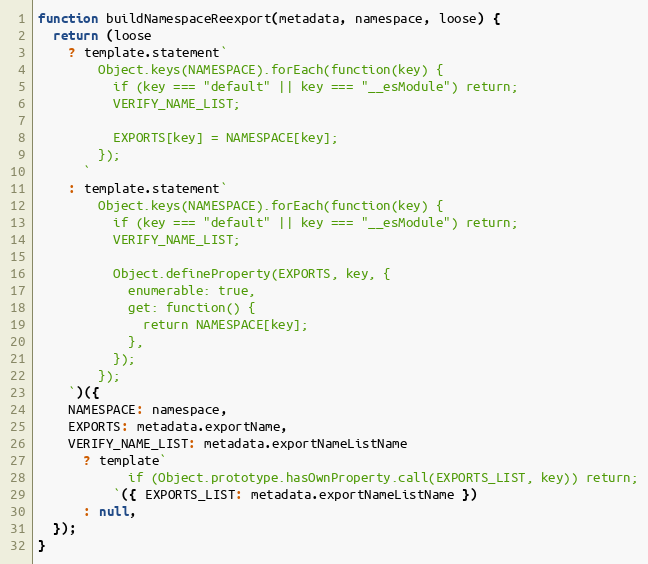
Language: JavaScript
function buildNamespaceReexport(metadata, namespace, loose) {
  return (loose
    ? template.statement`
        Object.keys(NAMESPACE).forEach(function(key) {
          if (key === "default" || key === "__esModule") return;
          VERIFY_NAME_LIST;

          EXPORTS[key] = NAMESPACE[key];
        });
      `
    : template.statement`
        Object.keys(NAMESPACE).forEach(function(key) {
          if (key === "default" || key === "__esModule") return;
          VERIFY_NAME_LIST;

          Object.defineProperty(EXPORTS, key, {
            enumerable: true,
            get: function() {
              return NAMESPACE[key];
            },
          });
        });
    `)({
    NAMESPACE: namespace,
    EXPORTS: metadata.exportName,
    VERIFY_NAME_LIST: metadata.exportNameListName
      ? template`
            if (Object.prototype.hasOwnProperty.call(EXPORTS_LIST, key)) return;
          `({ EXPORTS_LIST: metadata.exportNameListName })
      : null,
  });
}